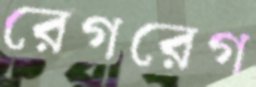
রেগরেগ